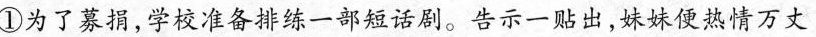
①为了募捐，学校准备排练一部短话剧。告示一贴出，妹妹便热情万丈